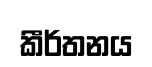
කීර්තනය